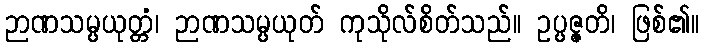
ဉာဏသမ္ပယုတ္တံ၊ ဉာဏသမ္ပယုတ် ကုသိုလ်စိတ်သည်။ ဥပ္ပဇ္ဇတိ၊ ဖြစ်၏။